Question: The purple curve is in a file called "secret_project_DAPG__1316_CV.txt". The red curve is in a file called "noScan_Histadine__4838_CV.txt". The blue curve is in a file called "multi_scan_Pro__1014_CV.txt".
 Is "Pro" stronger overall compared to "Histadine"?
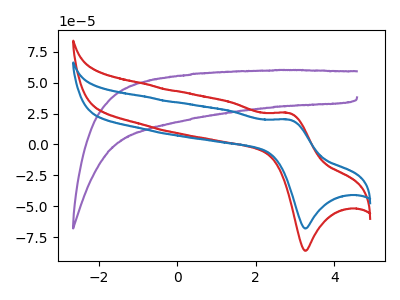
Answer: <think>The purple curve "DAPG" has no peaks. The red curve "Histadine" has an anodic peak at (2.85V, 25.45uA) and a cathodic peak at (3.25V, -86.10uA). The blue curve "Pro" has an anodic peak at (2.85V, 20.10uA) and a cathodic peak at (3.25V, -68.05uA).
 All the peaks in "Pro" have a peak in "Histadine" at the same potential. Every peak in "Pro" is lower than every peak in "Histadine".</think>
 <answer>"Pro" has less signal than "Histadine".</answer>
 <eval>less_signal</eval>